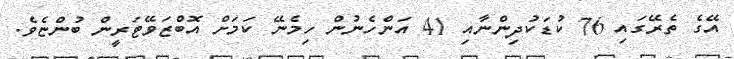
އޭގެ ތެރޭގައި 76 ކުޑަކުދިންނާއި 41 އަންހެނުން ހިމެނޭ ކަމަށް އޮބްޒަވޭޓަރީން ބުންޏެވެ.